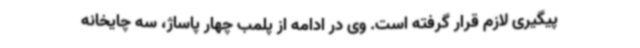
پیگیری لازم قرار گرفته است. وی در ادامه از پلمب چهار پاساژ، سه چایخانه